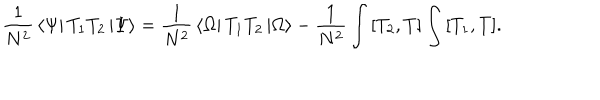
LaTeX: { \frac { 1 } { N ^ { 2 } } } \left< \Psi \right| { T _ { 1 } } { T _ { 2 } } \left| \Psi \right> = { \frac { 1 } { N ^ { 2 } } } \left< \Omega \right| { T _ { 1 } } { T _ { 2 } } \left| \Omega \right> - { \frac { 1 } { N ^ { 2 } } } \int { \left[ T _ { 2 } , T \right] } \int { \left[ T _ { 1 } , T \right] } .